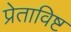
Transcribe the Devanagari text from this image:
प्रेताविष्ट